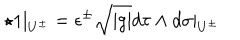
\star 1 { \mid _ { U ^ { \pm } } } = \epsilon ^ { \pm } \sqrt { \mid g \mid } d \tau \wedge d \sigma \mid _ { U ^ { \pm } }